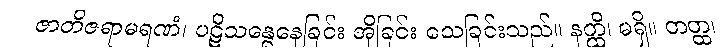
ဇာတိဇရာမရဏံ၊ ပဋိသန္ဓေနေခြင်း အိုခြင်း သေခြင်းသည်။ နတ္ထိ၊ မရှိ။ တတ္ထ၊